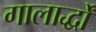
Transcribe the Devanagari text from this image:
गालार्द्धों